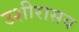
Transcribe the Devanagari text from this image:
उशीरासव